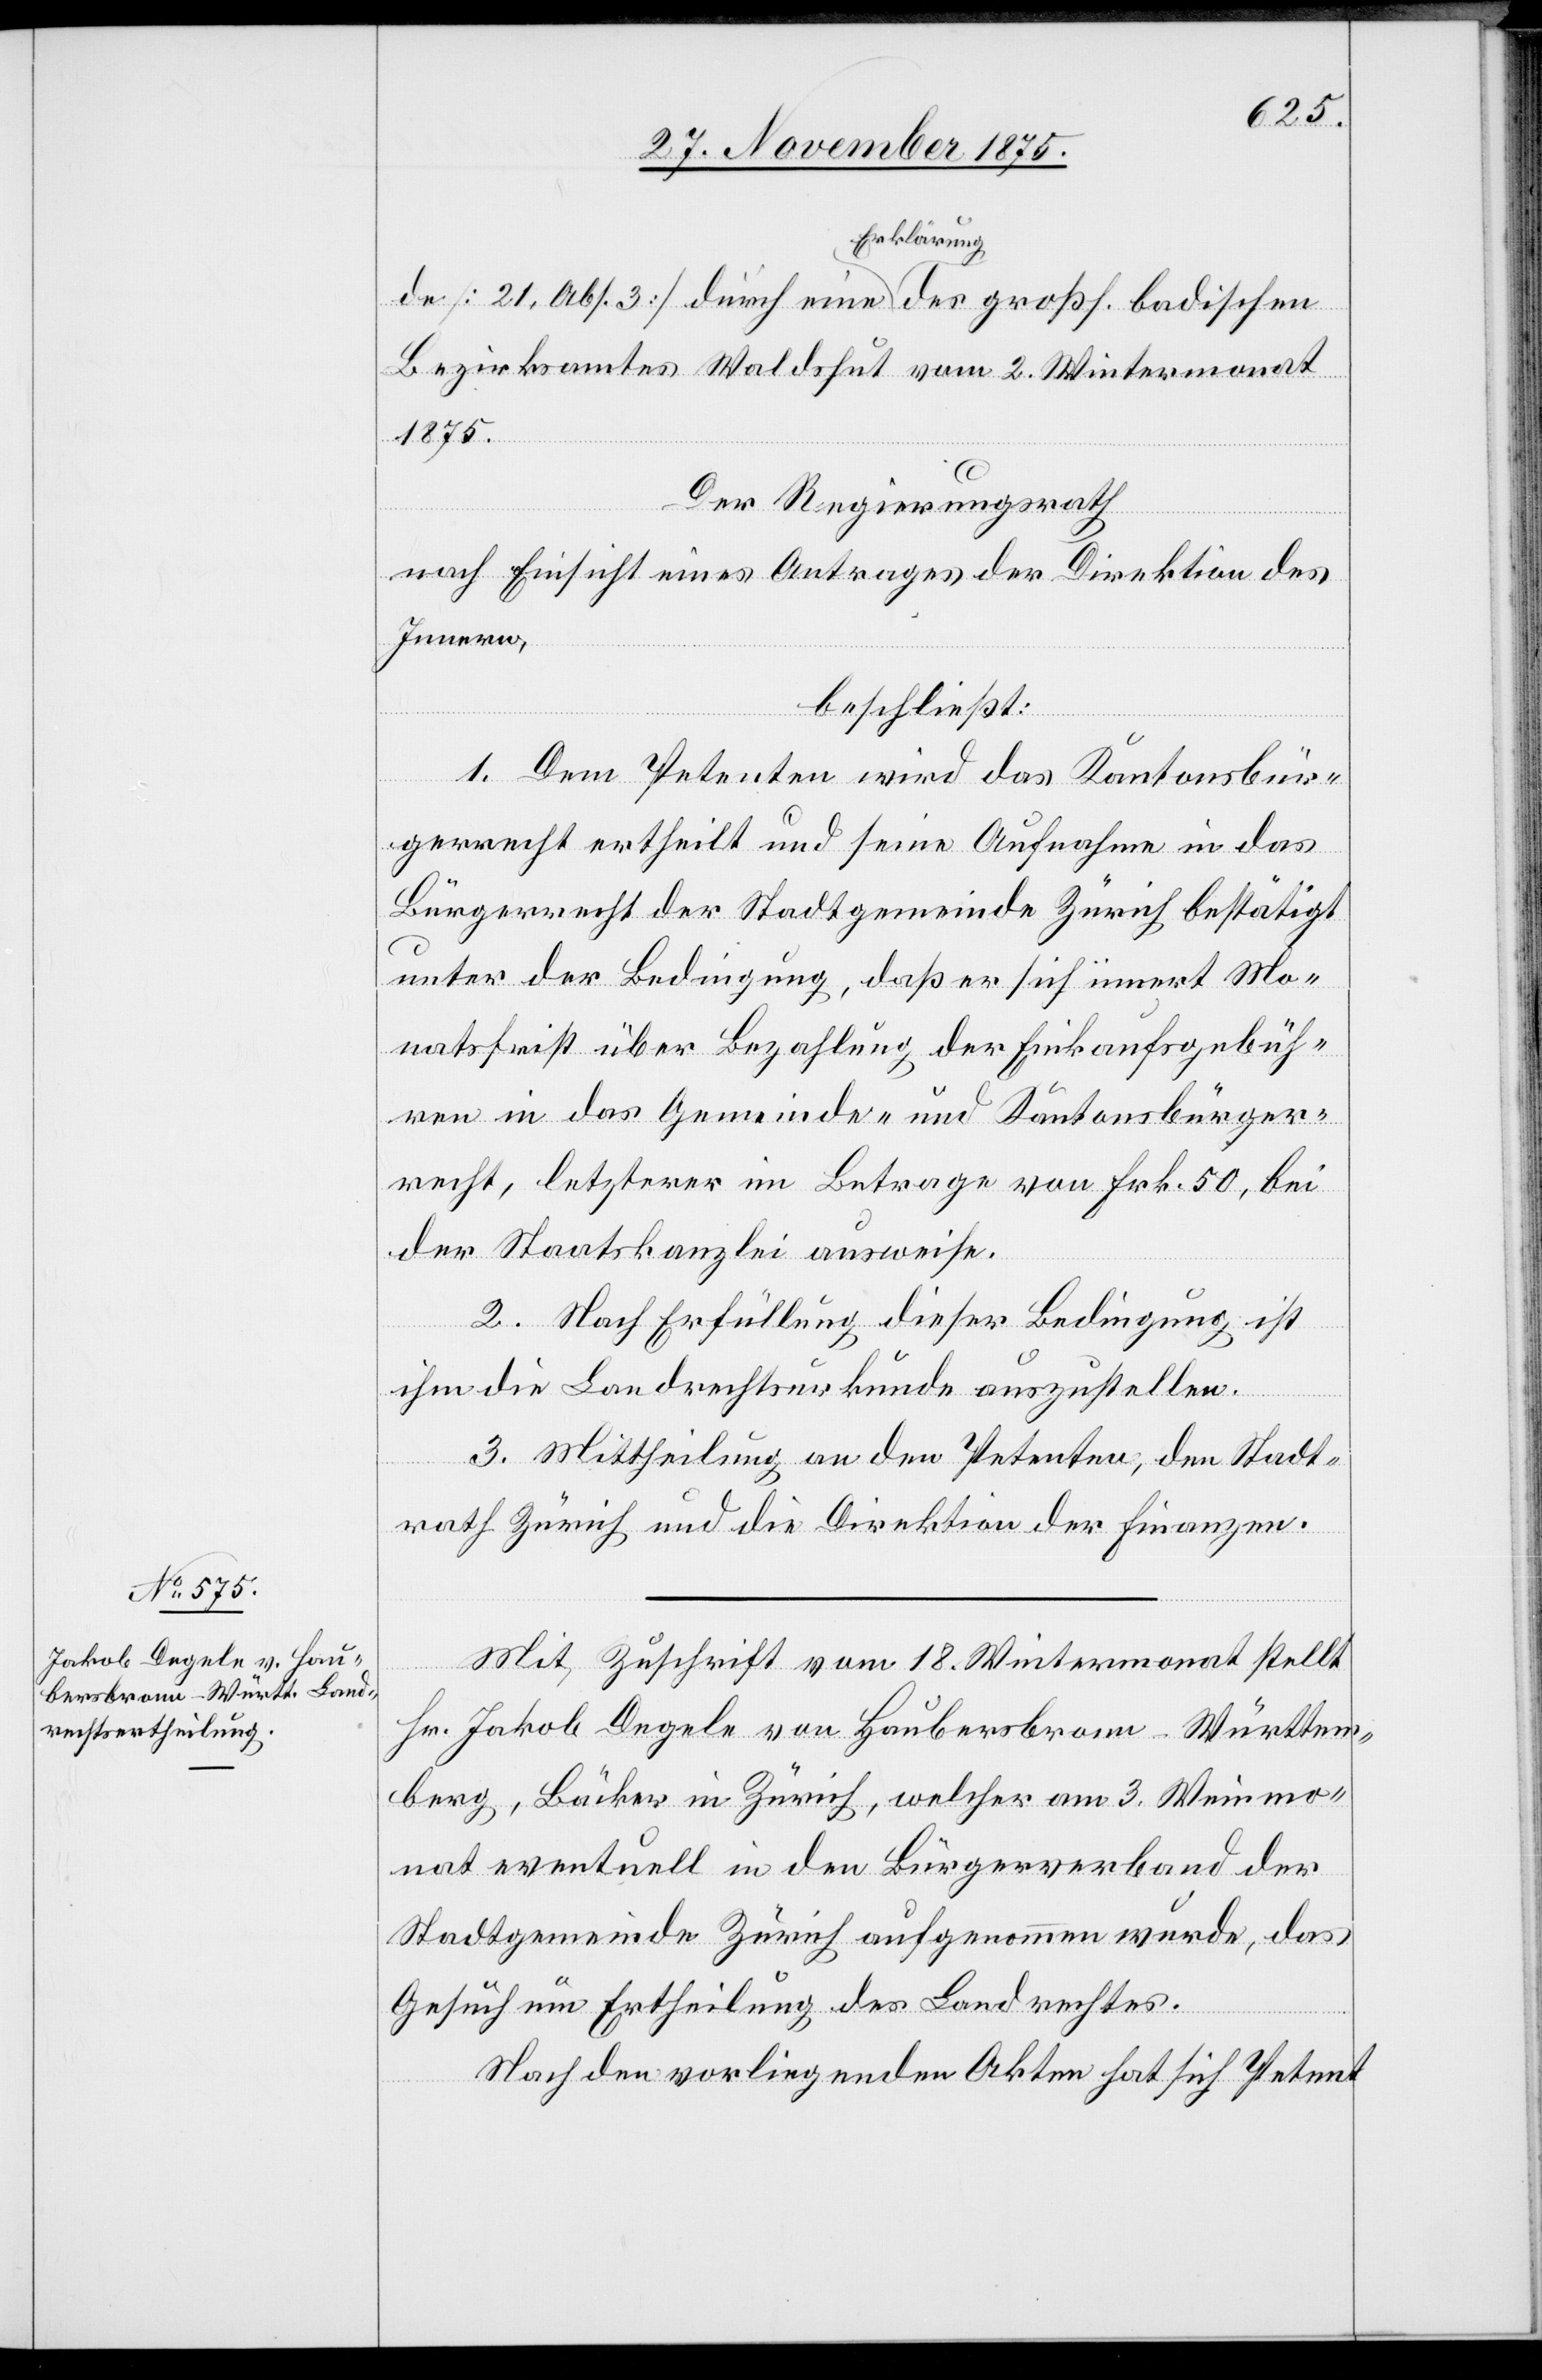
Mit Zuschrift vom 18. Wintermonat stellt
Hr. Jakob Degele von Haubersbronn - Württem¬
berg, Bäcker in Zürich, welcher am 3. Weinmo¬
nat eventuell in den Bürgerverband der
Stadtgemeinde Zürich aufgenommen wurde, das
Gesuch um Ertheilung des Landrechtes.
Nach den vorliegenden Akten hat sich Petent